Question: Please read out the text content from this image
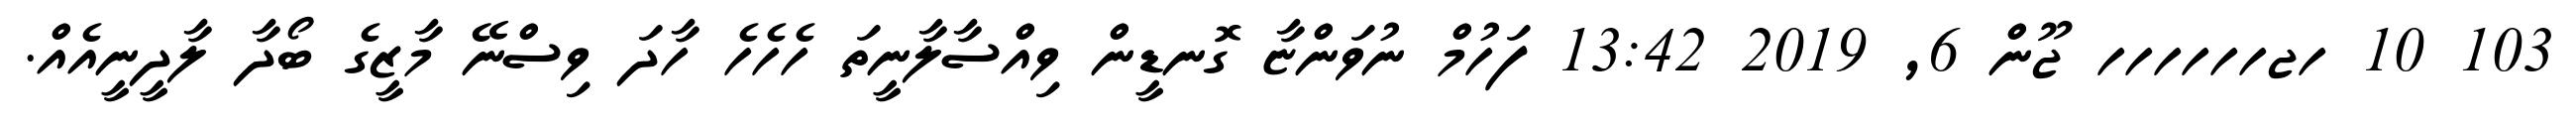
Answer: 103 10 ހޖހހހހހހ ޖޫން 6, 2019 13:42 ފަހުމް ނުވަންޏާ ގޮނޑީން ވިއްސާލާނީތަ ހެހެހެ ހާދަ ވިސްނޭ މާޒީގެ ބޯދާ ލާދީނީއެއް.